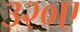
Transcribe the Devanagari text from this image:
३२०ए